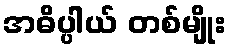
အဓိပ္ပါယ် တစ်မျိုး